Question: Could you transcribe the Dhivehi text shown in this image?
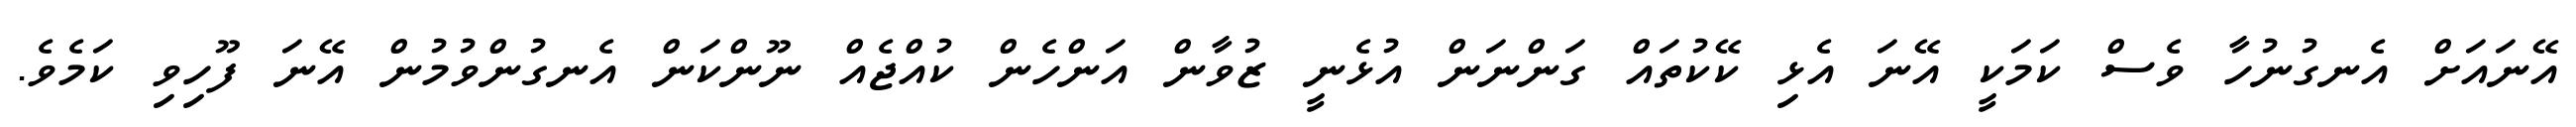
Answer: އޭނައަށް އެނގުނުހާ ވެސް ކަމަކީ އޭނަ އެޅި ކޭކުތައް ގަންނަން އުޅެނީ ޒުވާން އަންހެން ކުއްޖެއް ނޫންކަން އެނގުންވުމުން އޭނަ ފޫހިވި ކަމެވެ.